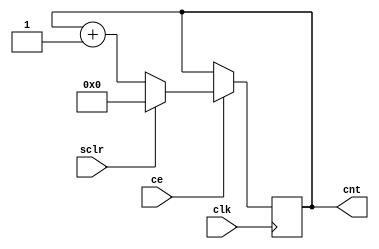
// Zwyky licznik binarny
module COUNTER
#(
    parameter W   = 4,
    parameter SCLR_VAL = 0 // warto, jak licznik przyjmuje po wyzerowaniu
)
(
    input clk,
    input sclr,
    input ce,

    output reg [W-1 : 0] cnt = 0
);

always @(posedge clk) begin
    if(ce) begin
        if(sclr) begin
            cnt <= SCLR_VAL;
        end else begin
            cnt <= cnt + 1'd1;
        end
    end
end
endmodule